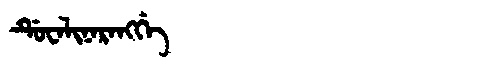
Manchu: ᡩᡠᠸᠠᠯᡳᠨᠠᡵᠠᠩᡤᡝ
Romanization: DUWALINARANGGE